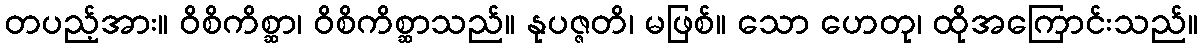
တပည့်အား။ ဝိစိကိစ္ဆာ၊ ဝိစိကိစ္ဆာသည်။ နုပဇ္ဇတိ၊ မဖြစ်။ သော ဟေတု၊ ထိုအကြောင်းသည်။